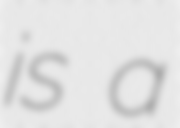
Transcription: is a